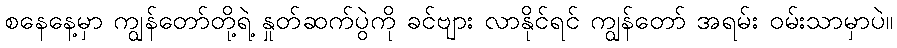
စနေနေ့မှာ ကျွန်တော်တို့ရဲ့ နှုတ်ဆက်ပွဲကို ခင်ဗျား လာနိုင်ရင် ကျွန်တော် အရမ်း ဝမ်းသာမှာပဲ။